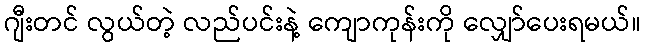
ဂျီးတင် လွယ်တဲ့ လည်ပင်းနဲ့ ကျောကုန်းကို လျှော်ပေးရမယ်။